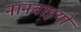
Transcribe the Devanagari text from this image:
नानबाइयों